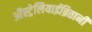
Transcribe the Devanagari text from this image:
ऑस्ट्रेलियाईब्रितानी